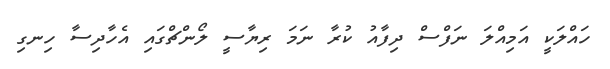
ހައްލަކީ އަމިއްލަ ނަފްސް ދިފާއު ކުރާ ނަމަ ރިޔާސީ ލޯންޗްގައި އެހާދިސާ ހިނގި